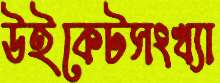
উইকেটসংখ্যা